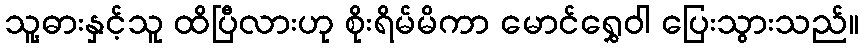
သူ့ဓားနှင့်သူ ထိပြီလားဟု စိုးရိမ်မိကာ မောင်ရွှေဝါ ပြေးသွားသည်။